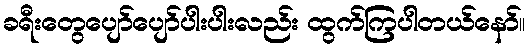
ခရီးတွေပျော်ပျော်ပါးပါးလည်း ထွက်ကြပါတယ်နော်။